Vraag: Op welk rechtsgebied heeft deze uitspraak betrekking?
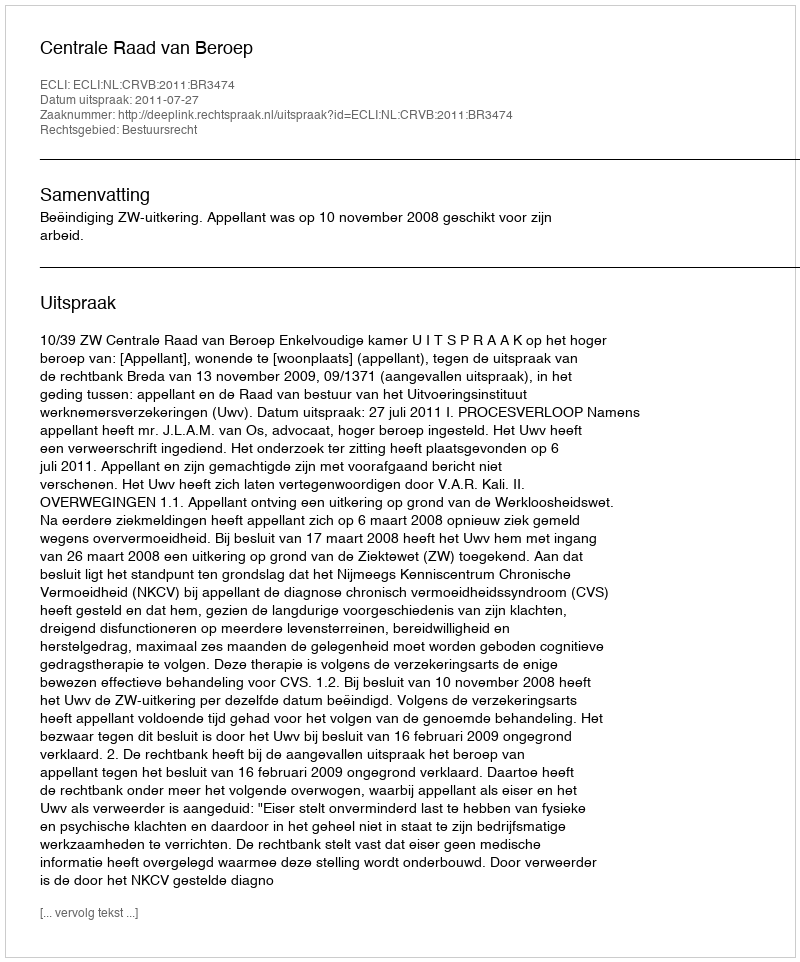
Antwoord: Bestuursrecht